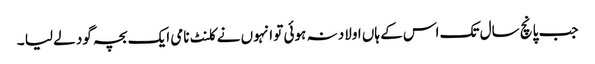
جب پانچ سال تک اس کے ہاں اولاد نہ ہوئی تو انہوں نے کلنٹ نامی ایک بچہ گود لے لیا ۔